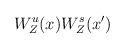
LaTeX: \begin{align*}\begin{aligned}W_{Z}^{u}(x) W_{Z}^{s}(x') \end{aligned}\end{align*}